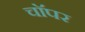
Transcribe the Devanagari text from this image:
चाॅपर